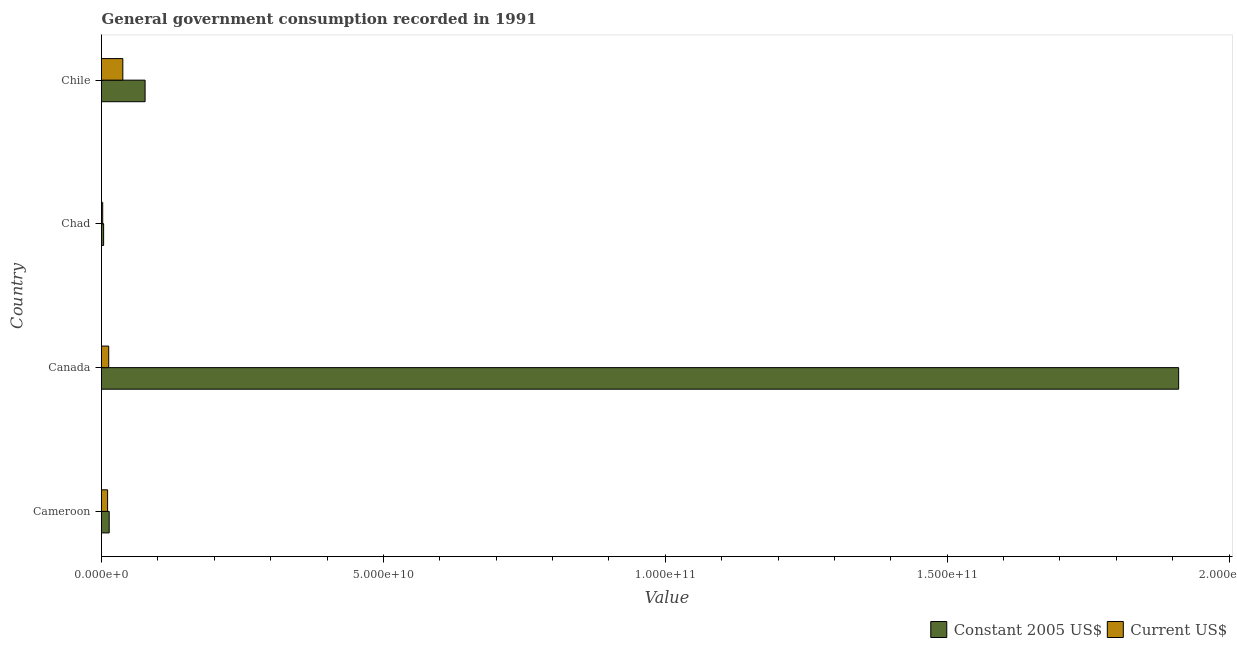
| Country | Constant 2005 US$ | Current US$ |
 | --- | --- | --- |
 | Cameroon | 1.36e+09 | 1.08e+09 |
 | Canada | 1.91e+11 | 1.28e+09 |
 | Chad | 3.77e+08 | 2.12e+08 |
 | Chile | 7.73e+09 | 3.78e+09 |